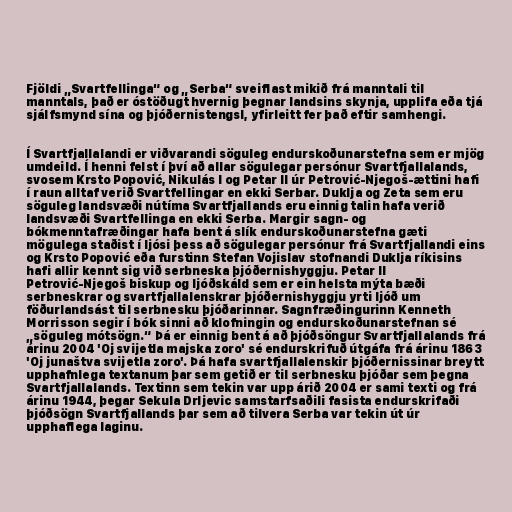
Fjöldi „Svartfellinga“ og „Serba“ sveiflast mikið frá manntali til
manntals, það er óstöðugt hvernig þegnar landsins skynja, upplifa eða tjá
sjálfsmynd sína og þjóðernistengsl, yfirleitt fer það eftir samhengi.

Í Svartfjallalandi er viðvarandi söguleg endurskoðunarstefna sem er mjög
umdeild. Í henni felst í því að allar sögulegar persónur Svartfjallalands,
svosem Krsto Popović, Nikulás I og Petar II úr Petrović-Njegoš-ættini hafi
í raun alltaf verið Svartfellingar en ekki Serbar. Duklja og Zeta sem eru
söguleg landsvæði nútíma Svartfjallands eru einnig talin hafa verið
landsvæði Svartfellinga en ekki Serba. Margir sagn- og
bókmenntafræðingar hafa bent á slík endurskoðunarstefna gæti
mögulega staðist í ljósi þess að sögulegar persónur frá Svartfjallandi eins
og Krsto Popović eða furstinn Stefan Vojislav stofnandi Duklja ríkisins
hafi allir kennt sig við serbneska þjóðernishyggju. Petar II
Petrović-Njegoš biskup og ljóðskáld sem er ein helsta mýta bæði
serbneskrar og svartfjallalenskrar þjóðernishyggju yrti ljóð um
föðurlandsást til serbnesku þjóðarinnar. Sagnfræðingurinn Kenneth
Morrisson segir í bók sinni að klofningin og endurskoðunarstefnan sé
„söguleg mótsögn.“ Þá er einnig bent á að þjóðsöngur Svartfjallalands frá
árinu 2004 'Oj svijetla majska zoro' sé endurskrifuð útgáfa frá árinu 1863
'Oj junaštva svijetla zoro'. Þá hafa svartfjallalenskir þjóðernissinar breytt
upphafnlega textanum þar sem getið er til serbnesku þjóðar sem þegna
Svartfjallalands. Textinn sem tekin var upp árið 2004 er sami texti og frá
árinu 1944, þegar Sekula Drljevic samstarfsaðili fasista endurskrifaði
þjóðsögn Svartfjallands þar sem að tilvera Serba var tekin út úr
upphaflega laginu.